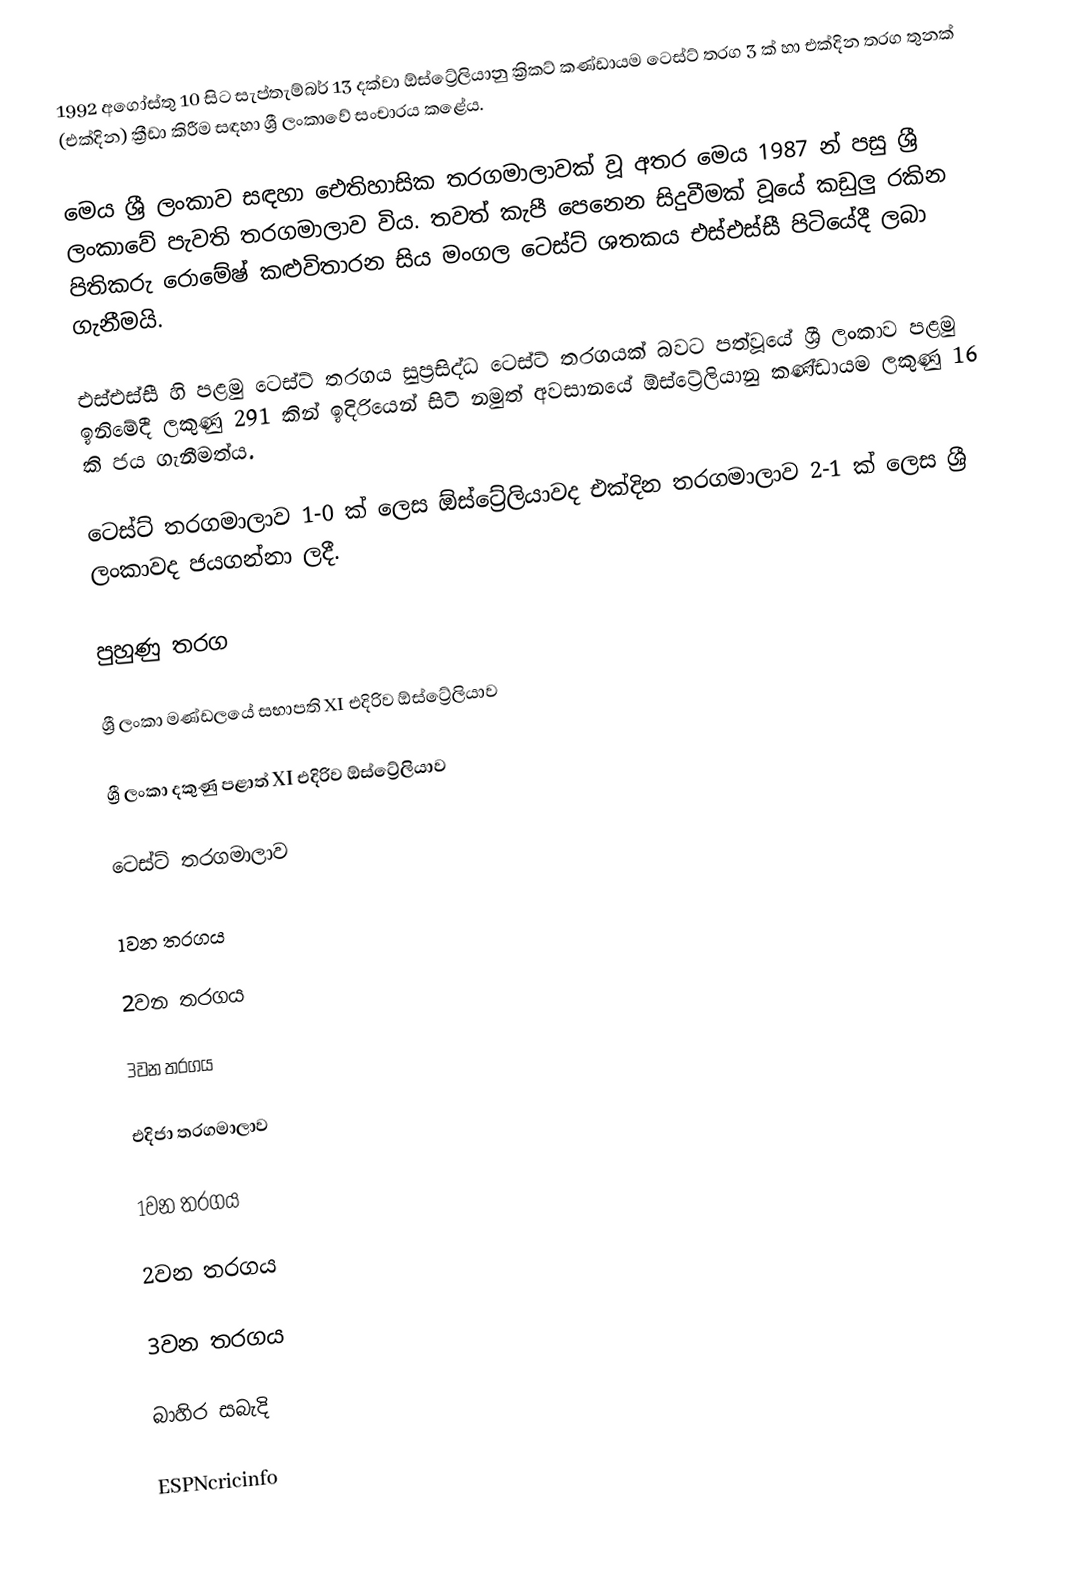
1992 අගෝස්තු 10 සිට සැප්තැම්බර් 13 දක්වා ඕස්ට්‍රේලියානු ක්‍රිකට් කණ්ඩායම ටෙස්ට් තරග 3 ක් හා එක්දින තරග තුනක් (එක්දින) ක්‍රීඩා කිරීම සඳහා ශ්‍රී ලංකාවේ සංචාරය කළේය.

මෙය ශ්‍රී ලංකාව සඳහා ඓතිහාසික තරගමාලාවක් වූ අතර මෙය 1987 න් පසු ශ්‍රී ලංකාවේ පැවති තරගමාලාව විය. තවත් කැපී පෙනෙන සිදුවීමක් වූයේ කඩුලු රකින පිතිකරු රොමේෂ් කළුවිතාරන සිය මංගල ටෙස්ට් ශතකය එස්එස්සී පිටියේදී ලබා ගැනීමයි.

එස්එස්සී හි පළමු ටෙස්ට් තරගය සුප්‍රසිද්ධ ටෙස්ට් තරගයක් බවට පත්වූයේ ශ්‍රී ලංකාව පළමු ඉනිමේදී ලකුණු 291 කින් ඉදිරියෙන් සිටි නමුත් අවසානයේ ඕස්ට්‍රේලියානු කණ්ඩායම ලකුණු 16 කි ජය ගැනීමත්ය.

ටෙස්ට් තරගමාලාව 1-0 ක් ලෙස ඕස්ට්‍රේලියාවද එක්දින තරගමාලාව 2-1 ක් ලෙස ශ්‍රී ලංකාවද ජයගන්නා ලදී.

පුහුණු තරග

ශ්‍රී ලංකා මණ්ඩලයේ සභාපති XI එදිරිව ඕස්ට්‍රේලියාව

ශ්‍රී ලංකා දකුණු පළාත් XI එදිරිව ඕස්ට්‍රේලියාව

ටෙස්ට් තරගමාලාව

1වන තරගය

2වන තරගය

3වන තරගය

එදිජා තරගමාලාව

1වන තරගය

2වන තරගය

3වන තරගය

බාහිර සබැදි

 ESPNcricinfo